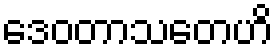
ဒေဝတာသတေဟိ